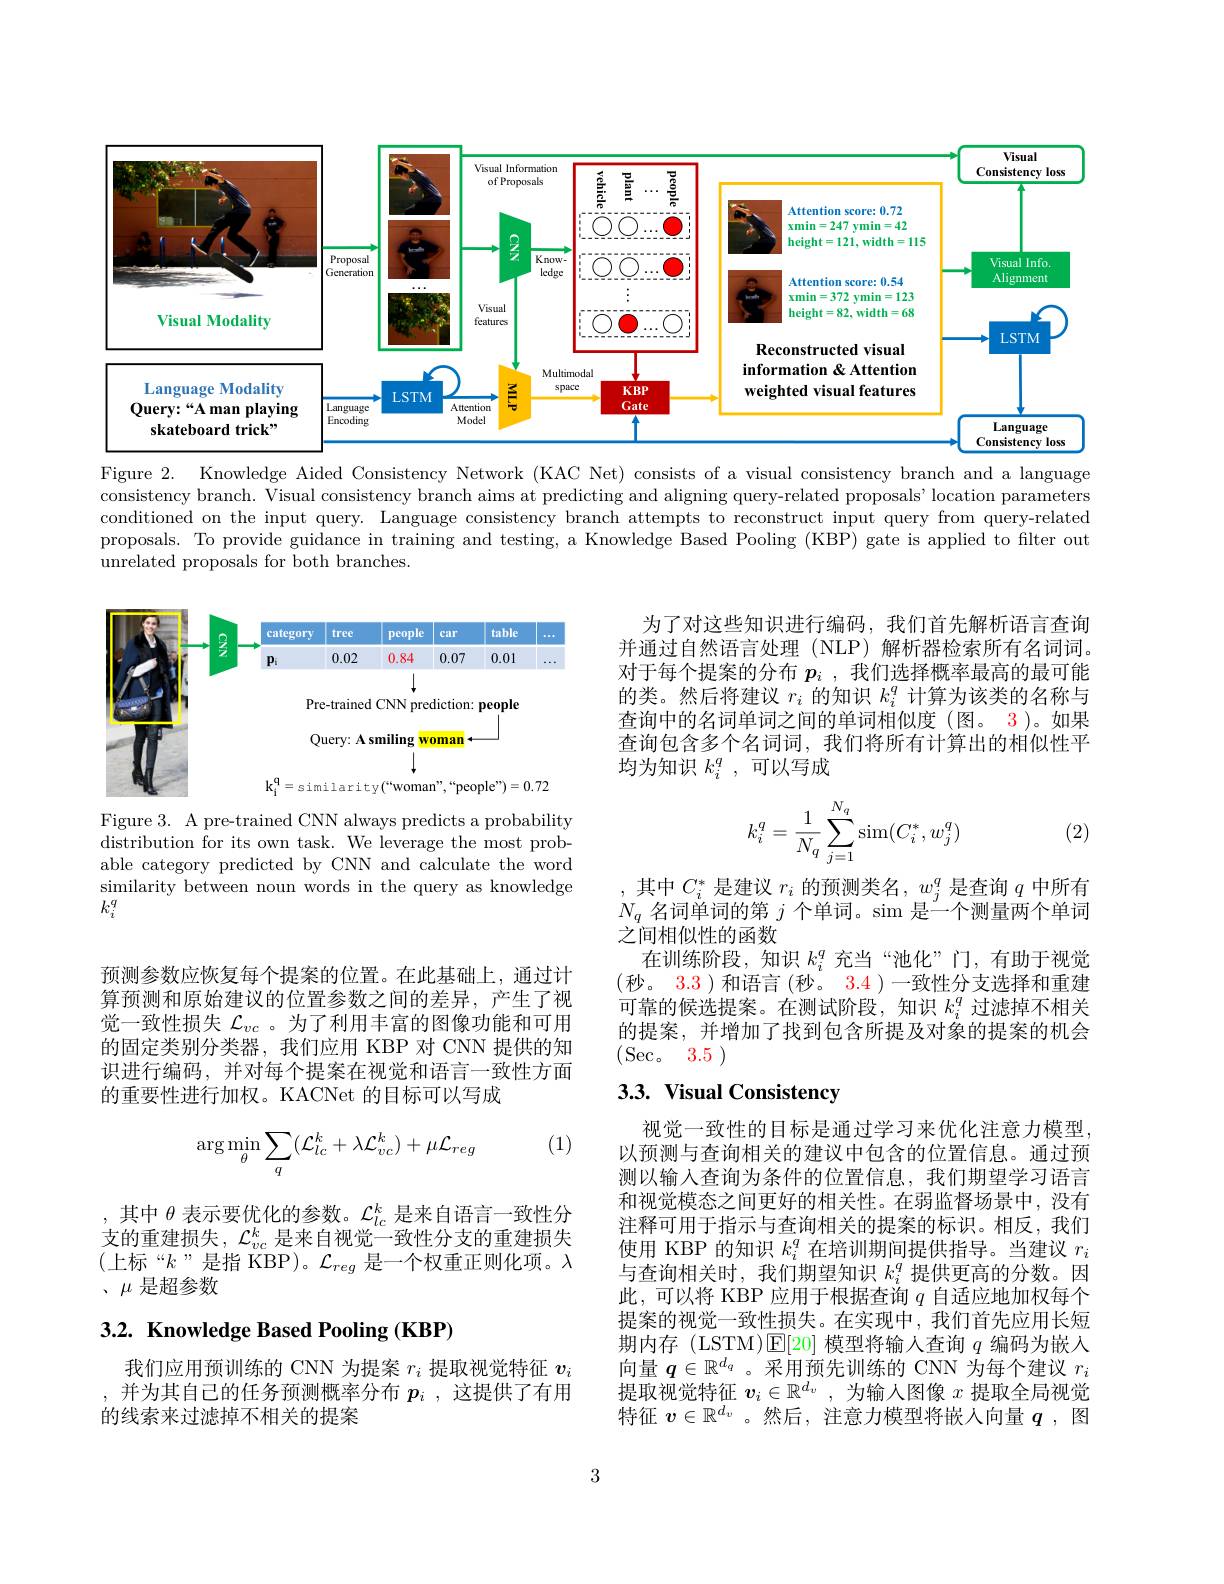
<FigureHere>

Figure 2. Knowledge Aided Consistency Network (KAC Net) consists of a visual consistency branch and a language consistency branch. Visual consistency branch aims at predicting and aligning query-related proposals' location parameters conditioned on the input query. Language consistency branch attempts to reconstruct input query from query-related proposals. To provide guidance in training and testing, a Knowledge Based Pooling (KBP) gate is applied to filter out unrelated proposals for both branches.

为了对这些知识进行编码，我们首先解析语言查询并通过自然语言处理(NLP)解析器检索所有名词词。对于每个提案的分布$p_i$ ,我们选择概率最高的最可能的类。然后将建议$r_i$的知识$k_i^q$计算为该类的名称与查询中的名词单词之间的单词相似度(图。3)。如果查询包含多个名词词，我们将所有计算出的相似性平均为知识$k_i^q$,可以写成

<FigureHere>
$$k_i^q=\dfrac{1}{N_q}\sum_{j=1}^{N_q}\sin(C_i^*,w_j^q)$$
(2)

Figure 3. A pre-trained CNN always predicts a probability distribution $\hat{for its own task. We leverage the most prob- }$ able category predicted by CNN and calculate the word similarity between noun words in the query as knowledge $k_{i}^{q}$

其中$C_i^*$是建议 $r_i$ 的预测类名$,w_j^q$ 是查询 $q$ 中所有$N_q$名词单词的第$j$个单词。$\sin$是 一 个 测 量 两 个 单 词 之间相似性的函数
在训练阶段，知识$k_i^q$充当“池化”门，有助于视觉(秒。3.3 )和语言(秒。3.4 )一致性分支选择和重建可靠的候选提案。在测试阶段，知识$k_i^q$过滤掉不相关的提案，并增加了找到包含所提及对象的提案的机会(Sec。3.5)

预测参数应恢复每个提案的位置。在此基础上，通过计算预测和原始建议的位置参数之间的差异，产生了视觉一致性损失$\mathcal{L}_{vc}$ 。为了利用丰富的图像功能和可用的固定类别分类器，我们应用 KBP 对 CNN 提供的知识进行编码，并对每个提案在视觉和语言一致性方面的重要性进行加权。KACNet 的目标可以写成

# 3.3. Visual Consistency

(1)
$$\arg\min_{\theta}\sum_{q}(\mathcal{L}_{lc}^{k}+\lambda\mathcal{L}_{vc}^{k})+\mu\mathcal{L}_{reg}$$
,其中$\theta$表示要优化的参数。$\mathcal{L}_lc^k$是来自语言一致性分支的重建损失，$\mathcal{L}_vc^k$是来自视觉一致性分支的重建损失(上标“$k$”是指 KBP)。$\mathcal{L}_reg$ 是一个权重正则化项。$\lambda$ 、$\mu$是超参数

视觉一致性的目标是通过学习来优化注意力模型， 以预测与查询相关的建议中包含的位置信息。通过预测以输入查询为条件的位置信息，我们期望学习语言和视觉模态之间更好的相关性。在弱监督场景中，没有注释可用于指示与查询相关的提案的标识。相反，我们使用 KBP 的知识$k_i^q$在培训期间提供指导。当建议$r_i$ 与查询相关时，我们期望知识$k_i^q$提供更高的分数。因此，可以将 KBP 应用于根据查询$q$自适应地加权每个提案的视觉一致性损失。在实现中，我们首先应用长短期内存 (LSTM)$\operatorname{E}[20]$模型将输入查询$q$编码为嵌入向量$q\in\mathbb{R}^d_q$ 。采用预先训练的 CNN 为每个建议$r_i$ 提取视觉特征$\boldsymbol{v}_i\in\mathbb{R}^d_v$,为输入图像$x$提取全局视觉特征$v\in\mathbb{R}^{d_v}$ 。然后，注意力模型将嵌人向量$q$ ,图

## 3.2. Knowledge Based Pooling (KBP)

我们应用预训练的 CNN 为提案$r_i$提取视觉特征$v_i$ ,并为其自己的任务预测概率分布$p_i$ ,这提供了有用的线索来过滤掉不相关的提案

3